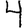
Digit: 4